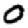
Digit: 0